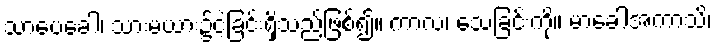
သာပေခေါ၊ သားမယား၌ငဲ့ခြင်းရှိသည်ဖြစ်၍။ ကာလံ၊ သေခြင်းကို။ မာခေါအကာသိ၊